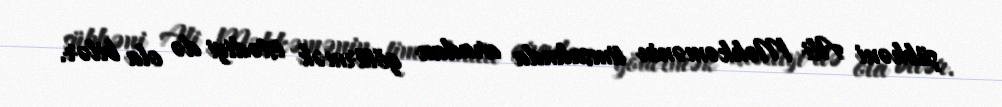
şübhəni Ali Məhkəmənin timsalında aradan götürmək istədiyi də ola bilər.